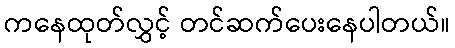
ကနေထုတ်လွှင့် တင်ဆက်ပေးနေပါတယ်။